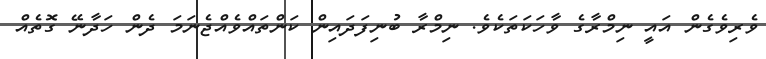
ވެރިވެގެން އައީ ނިމްރާގެ ވާހަކަތަކެވެ. ނިމްރާ ބުނިފަދައިން ކަންތައްވެއްޖެނަމަ ދެން ހަދާނޭ ގޮތެއް